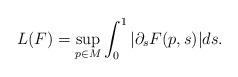
LaTeX: \begin{align*}L (F) = \sup_{p \in M} \int_0^1 | \partial_s F (p, s) | ds.\end{align*}